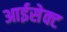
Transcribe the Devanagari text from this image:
आईसेक्ट